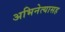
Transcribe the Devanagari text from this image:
अभिनेत्यासह